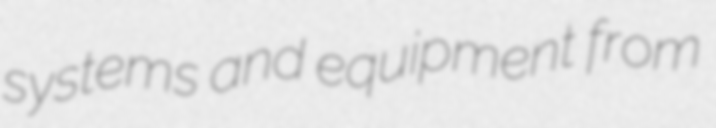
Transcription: systems and equipment from